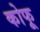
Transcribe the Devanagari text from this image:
कोफू